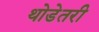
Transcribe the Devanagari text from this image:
थोडेतरी